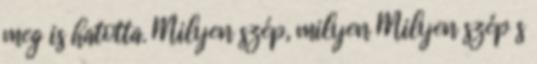
meg is hatotta. Milyen szép, milyen Milyen szép s